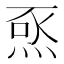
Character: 𭴺